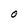
Character: O